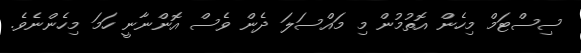
ސިސްޓަމް މިހެން އޮތުމުން މި މައްސަލަ ދެން ވެސް އޮންނާނީ ހަމަ މިހެންނެވެ.